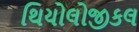
થિયોલોજીકલ